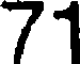
71